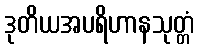
ဒုတိယအပရိဟာနသုတ္တံ